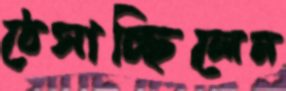
ঠেসাচ্ছিলেন